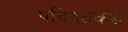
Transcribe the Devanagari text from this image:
पद्द्तिकडे